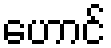
ဟောင်